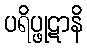
ပရိပ္ဖုဋာနိ